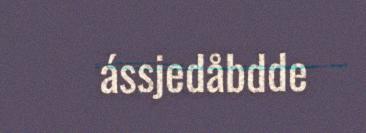
ássjedåbdde